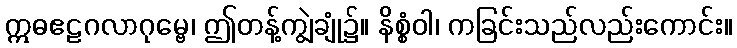
ဣဓဧဠဂလာဂုမ္ဗေ၊ ဤတန့်ကျွဲချုံ၌။ နိစ္စံဝါ၊ ကခြင်းသည်လည်းကောင်း။